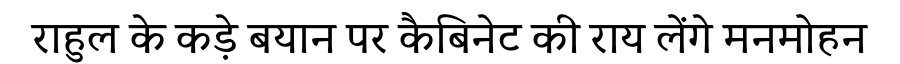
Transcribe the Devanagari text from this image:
राहुल के कड़े बयान पर कैबिनेट की राय लेंगे मनमोहन